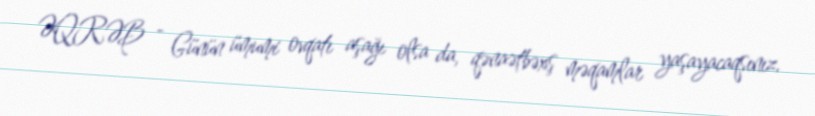
ƏQRƏB - Günün ümumi ovqatı aşağı olsa da, qənaətbəxş məqamlar yaşayacaqsınız.